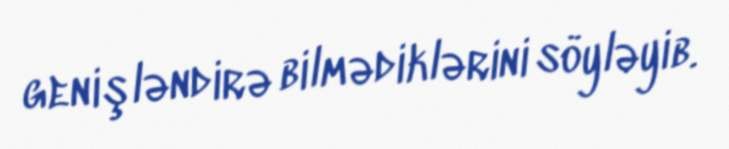
genişləndirə bilmədiklərini söyləyib.